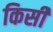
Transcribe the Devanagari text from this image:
किसी